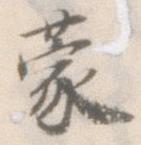
蒙